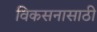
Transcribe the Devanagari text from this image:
विकसनासाठी